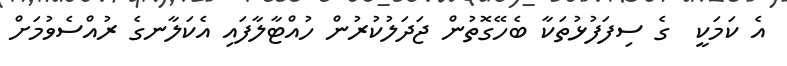
އެ ކަމަކީ  ގެ ސިފަފުޅުތަކާ ބެހޭގޮތުން ޖަދަލުކުރުން ހުއްޓާލާފައި އެކަލާނގެ ރުއްސެވުމަށް